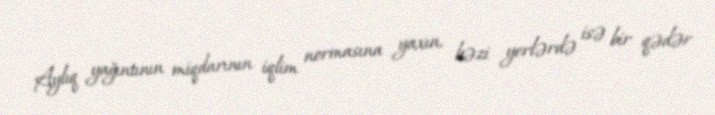
Aylıq yağıntının miqdarının iqlim normasına yaxın, bəzi yerlərdə isə bir qədər